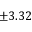
\pm 3 . 3 2